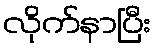
လိုက်နာပြီး